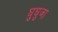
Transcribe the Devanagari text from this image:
घुघुजा